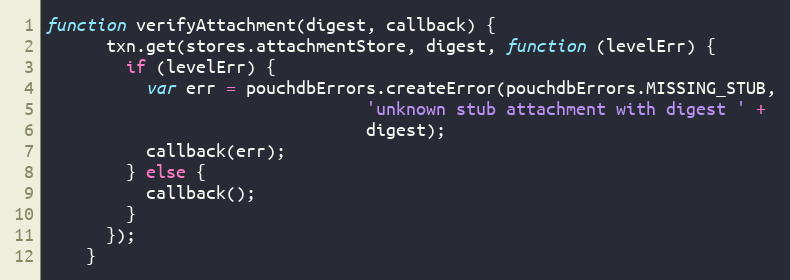
Language: JavaScript
function verifyAttachment(digest, callback) {
      txn.get(stores.attachmentStore, digest, function (levelErr) {
        if (levelErr) {
          var err = pouchdbErrors.createError(pouchdbErrors.MISSING_STUB,
                                'unknown stub attachment with digest ' +
                                digest);
          callback(err);
        } else {
          callback();
        }
      });
    }